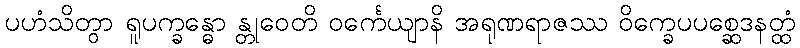
ပဟံသိတွာ ရူပက္ခန္ဓော န္တုဝေတိ ဝင်္ကေယျာနိ အရုဏရာဇဿ ဝိက္ခေပပစ္ဆေဒနတ္ထံ